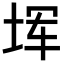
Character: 𪣒